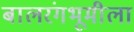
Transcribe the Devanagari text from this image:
बालरंगभूमीला